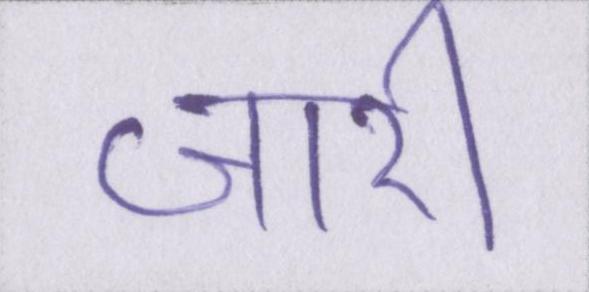
जारी